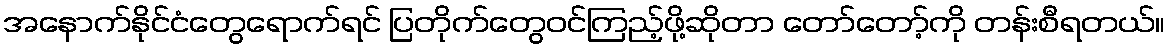
အနောက်နိုင်ငံတွေရောက်ရင် ပြတိုက်တွေဝင်ကြည့်ဖို့ဆိုတာ တော်တော့်ကို တန်းစီရတယ်။